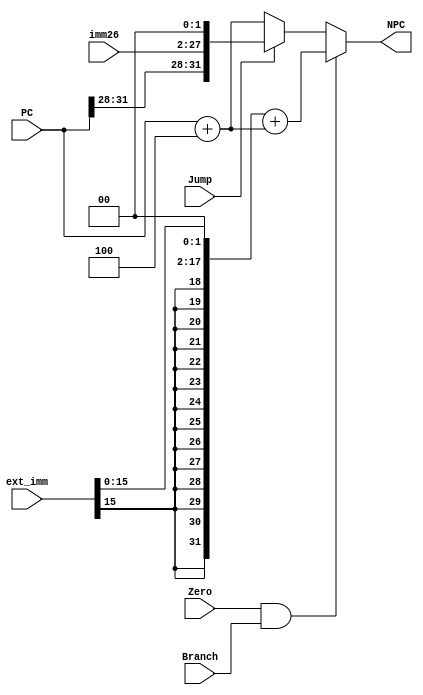
module npc(PC, Branch, Jump, Zero, ext_imm, imm26, NPC);
    input Branch, Jump, Zero; 
    input [31:0] PC; //
    input [31:0] ext_imm;
    input [25:0] imm26;
    output reg [31:0] NPC; //NextPc

    wire [31:0] pc4; //pc+4
    assign pc4 = PC + 3'b100;

    always @(*)
    begin
        if(Zero && Branch)
            begin
                NPC = ({{14{ext_imm[15]}}, ext_imm[15:0], 2'b00}) + pc4; //beq
            end   
        else if (Jump)
            begin
                NPC = {PC[31:28], imm26[25:0], 2'b00}; //j
            end
        else
            begin
              NPC = pc4;
            end
    end
endmodule //npc